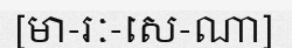
[មា-រៈ-សេ-ណា]